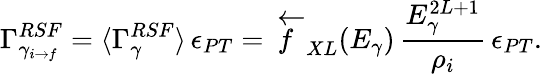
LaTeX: \Gamma_{\gamma_{i\rightarrow f}}^{RSF}=\langle\Gamma_{\gamma}^{RSF}\rangle\, \epsilon_{PT}=\overleftarrow{f}_{XL}(E_{\gamma})\, \frac{E_{\gamma}^{2L+1}}{\rho_{i}}\, \epsilon_{PT}.